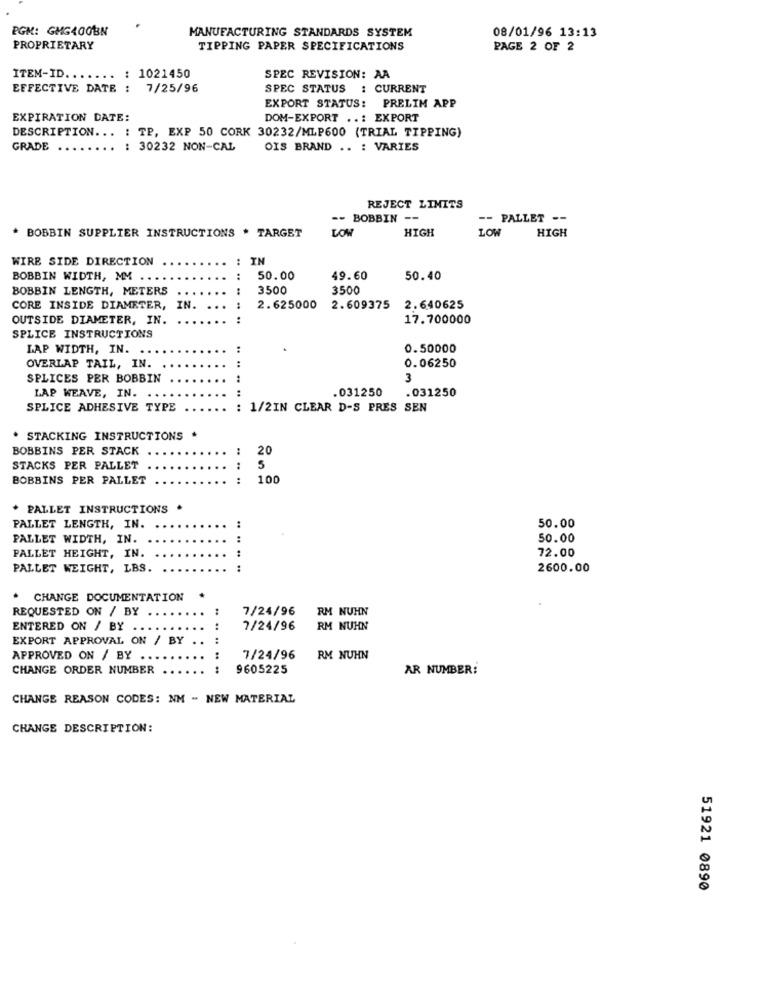
EGM: GMG400BN
MANUFACTURING STANDARDS SYSTEM
08/01/96 13:13
PROPRIETARY
TIPPING PAPER SPECIFICATIONS
PAGE 2 OF 2
ITEM-ID. ..
.. : 1021450
SPEC REVISION: AA
EFFECTIVE DATE : 7/25/96
SPEC STATUS : CURRENT
EXPORT STATUS: PRELIM APP
EXPIRATION DATE:
DOM-EXPORT ..: EXPORT
DESCRIPTION ... : TP, EXP 50 CORK 30232/MLP600 (TRIAL TIPPING)
GRADE ..
: 30232 NON-CAL
OIS BRAND .. : VARIES
REJECT LIMITS
-- BOBBIN --
-- PALLET --
LOW
HIGH
LOW
HIGH
* BOBBIN SUPPLIER INSTRUCTIONS * TARGET
WIRE SIDE DIRECTION
: IN
BOBBIN WIDTH, MM
:
50.00
49.60
50.40
BOBBIN LENGTH, METERS
3500
3500
CORE INSIDE DIAMETER, IN.
2.625000
2.609375
2.640625
OUTSIDE DIAMETER, IN.
:
17.700000
SPLICE INSTRUCTIONS
LAP WIDTH, IN.
:
.
0.50000
:
OVERLAP TAIL, IN.
0.06250
SPLICES PER BOBBIN
3
LAP WEAVE, IN.
:
031250
.031250
SPLICE ADHESIVE TYPE
: 1/2IN CLEAR D-S PRES SEN
* STACKING INSTRUCTIONS *
BOBBINS PER STACK
20
STACKS PER PALLET
5
BOBBINS PER PALLET
:
100
* PALLET INSTRUCTIONS .
PALLET LENGTH, IN.
50.00
PALLET WIDTH, IN.
50.00
PALLET HEIGHT, IN.
72.00
....
PALLET WEIGHT, LBS.
2600.00
.
CHANGE DOCUMENTATION
REQUESTED ON / BY
7/24/96
RM NUHN
ENTERED ON / BY ....
7/24/96
RM NUHN
EXPORT APPROVAL ON / BY
APPROVED ON / BY ..
7/24/96
RM NUHN
CHANGE ORDER NUMBER
..........
9605225
AR NUMBER:
CHANGE REASON CODES: NM - NEW MATERIAL
CHANGE DESCRIPTION:
51921 0890